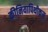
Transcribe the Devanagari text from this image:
कीनियापिथीकस